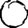
Digit: 0